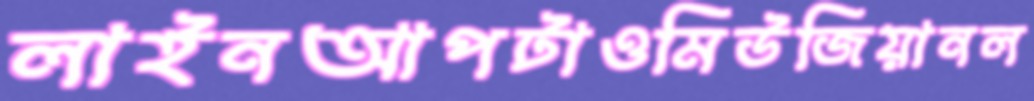
লাইনআপটাওমিউজিয়ানল